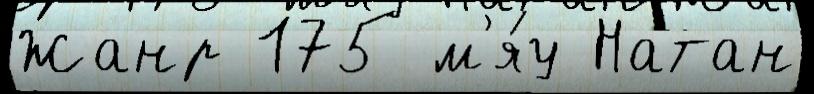
Жанр 175 м'я́у Натан